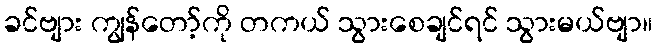
ခင်ဗျား ကျွန်တော့်ကို တကယ် သွားစေချင်ရင် သွားမယ်ဗျာ။